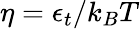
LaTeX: \eta=\epsilon_{t}/k_{B}T